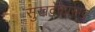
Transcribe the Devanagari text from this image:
सुखदेवप्रसाद